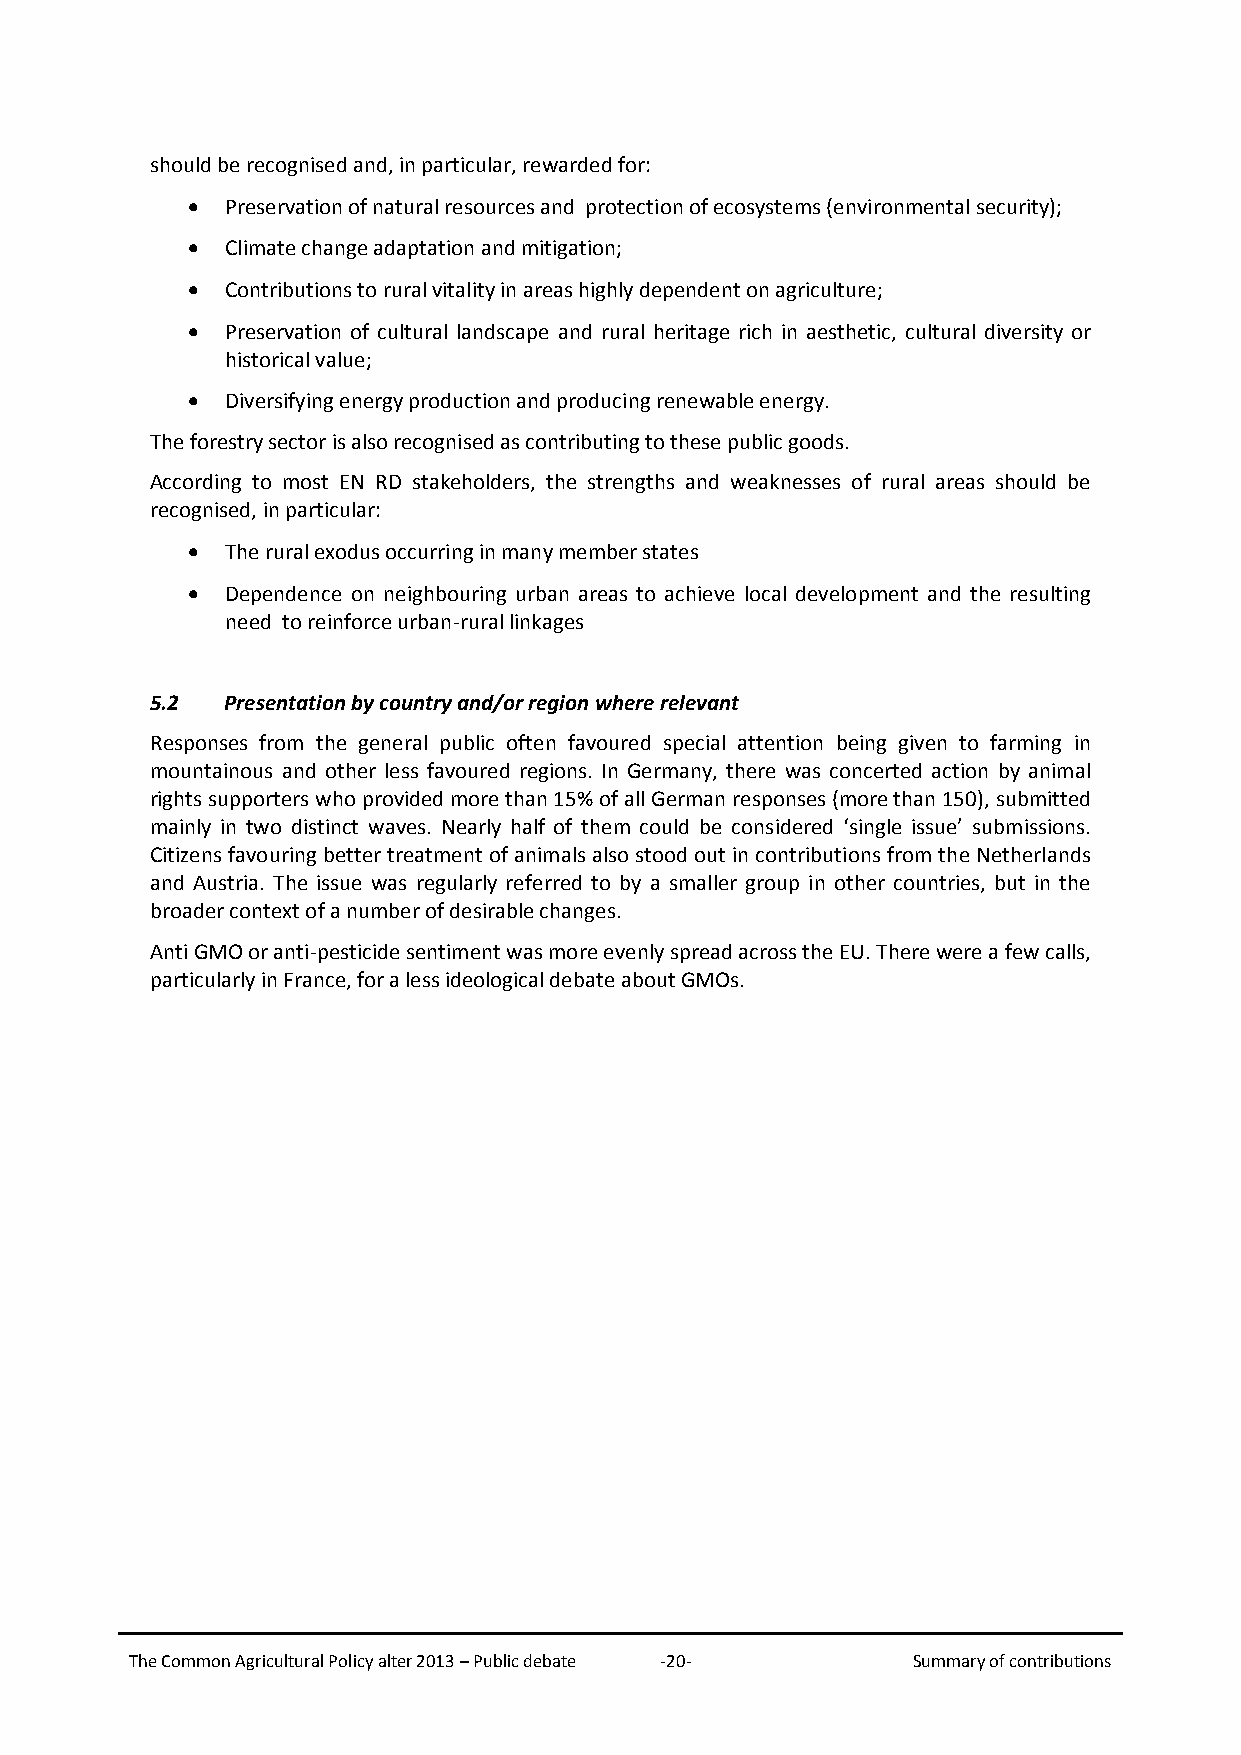
should be recognised and, in particular, rewarded for:
 •  Preservation of natural resources and protection of ecosystems (environmental security);
 •  Climate change adaptation and mitigation;
 •  Contributions to rural vitality in areas highly dependent on agriculture;
 •  Preservation of cultural landscape and rural heritage rich in aesthetic, cultural diversity or
 historical value;
 •  Diversifying energy production and producing renewable energy.
 The forestry sector is also recognised as contributing to these public goods.
 According to most EN RD stakeholders, the strengths and weaknesses of rural areas should be
 recognised, in particular:
 •  The rural exodus occurring in many member states
 •  Dependence on neighbouring urban areas to achieve local development and the resulting
 need to reinforce urban-rural linkages
 5.2  Presentation by country and/or region where relevant
 Responses from the general public often favoured special attention being given to farming in
 mountainous and other less favoured regions. In Germany, there was concerted action by animal
 rights supporters who provided more than 15% of all German responses (more than 150), submitted
 mainly in two distinct waves. Nearly half of them could be considered ‘single issue’ submissions.
 Citizens favouring better treatment of animals also stood out in contributions from the Netherlands
 and Austria. The issue was regularly referred to by a smaller group in other countries, but in the
 broader context of a number of desirable changes.
 Anti GMO or anti-pesticide sentiment was more evenly spread across the EU. There were a few calls,
 particularly in France, for a less ideological debate about GMOs.
 The Common Agricultural Policy alter 2013 – Public debate -20- Summary of contributions